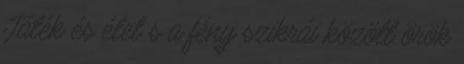
Játék és élet s a fény szikrái között örök